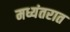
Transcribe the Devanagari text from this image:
मध्यंतरात